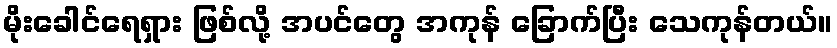
မိုးခေါင်ရေရှား ဖြစ်လို့ အပင်တွေ အကုန် ခြောက်ပြီး သေကုန်တယ်။